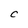
Character: C